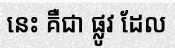
នេះ គឺជា ផ្លូវ ដែល